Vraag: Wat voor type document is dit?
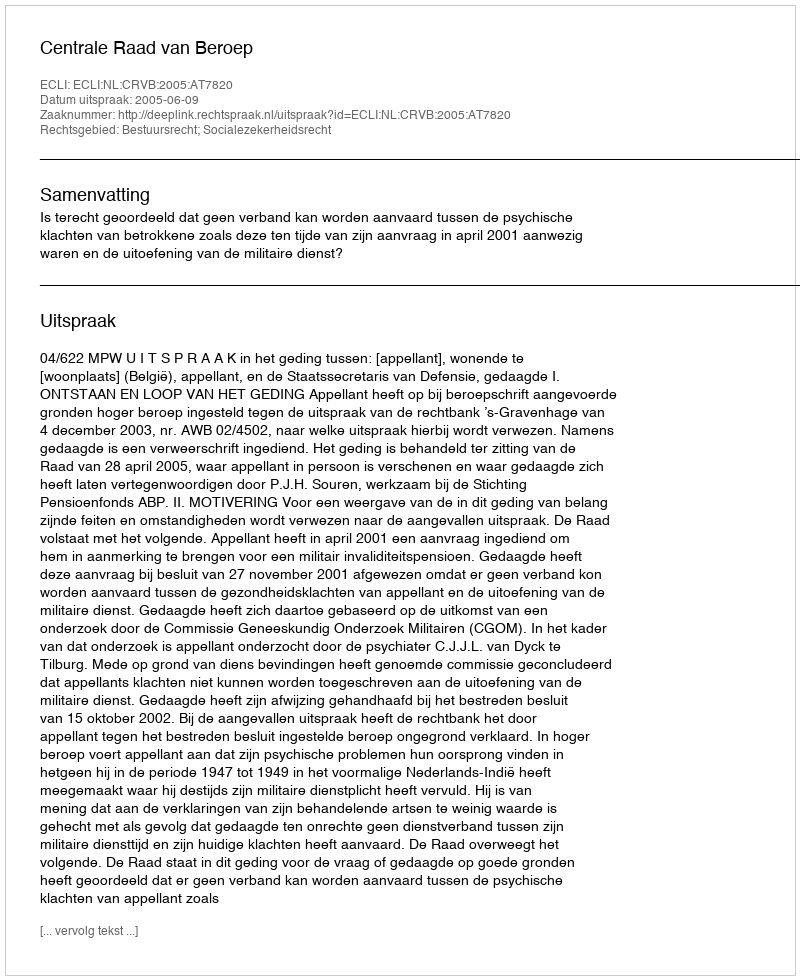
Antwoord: Uitspraak